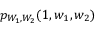
p _ { W _ { 1 } , W _ { 2 } } ( 1 , w _ { 1 } , w _ { 2 } )